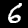
Label: 6